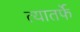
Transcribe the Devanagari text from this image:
त्यातर्फे